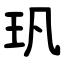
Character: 㺬